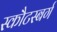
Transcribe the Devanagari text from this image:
स्कौटस्बर्ग